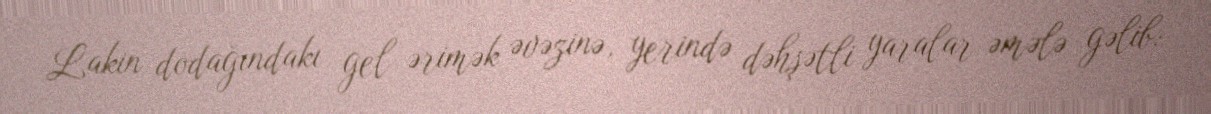
Lakin dodağındakı gel ərimək əvəzinə, yerində dəhşətli yaralar əmələ gəlib: